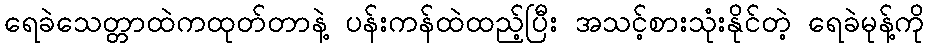
ရေခဲသေတ္တာထဲကထုတ်တာနဲ့ ပန်းကန်ထဲထည့်ပြီး အသင့်စားသုံးနိုင်တဲ့ ရေခဲမုန့်ကို